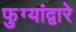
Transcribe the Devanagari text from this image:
फुग्यांद्वारे